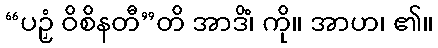
“ပဉှံ ဝိစိနတီ”တိ အာဒိံ၊ ကို။ အာဟ၊ ၏။